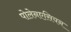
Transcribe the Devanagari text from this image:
पोलेनएसियन